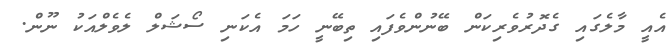
އެއީ މާލެގައި ގެދޮރުވެރިކަން ބޭނުންވެފައި ތިބޭނީ ހަމަ އެކަނި ސޯޝަލް ލެވެލްއަކު ނޫން.